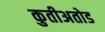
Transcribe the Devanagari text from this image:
कुतीअतोड